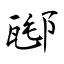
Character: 邷